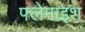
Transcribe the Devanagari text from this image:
फ्लेमाइश